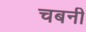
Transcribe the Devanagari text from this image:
चबनी